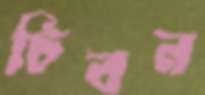
চিবন